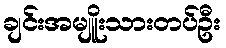
ချင်းအမျိူးသားတပ်ဦး